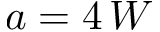
a = 4 \, W